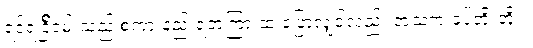
ရင်ရင်ြိငမ်းသည် စကားနည်းရတဲ့ကြားထဲ ပြောလျှင်လည်း အသံက ခပ်တိုးတိုး။